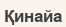
Қинайа